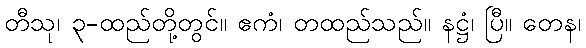
တီသု၊ ၃-ထည်တို့တွင်။ ဧကံ၊ တထည်သည်။ နဋ္ဌံ၊ ပြီ။ တေန၊